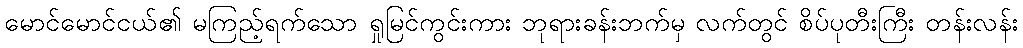
မောင်မောင်ငယ်၏ မကြည့်ရက်သော ရှုမြင်ကွင်းကား ဘုရားခန်းဘက်မှ လက်တွင် စိပ်ပုတီးကြီး တန်းလန်း